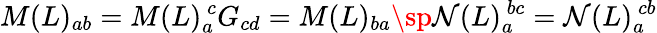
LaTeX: M(L)_{ab}=M(L)_{a}^{\ c}G_{cd}=M(L)_{ba}\sp\mathcal{N}(L)_{a}^{\ bc}=\mathcal{N}(L)_{a}^{\ cb}